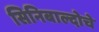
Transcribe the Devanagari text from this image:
सिनिबाल्दोचे